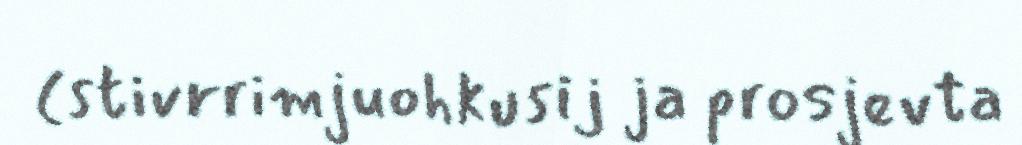
(stivrrimjuohkusij ja prosjevta